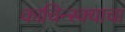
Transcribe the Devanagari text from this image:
काचिन्स्क्याचा